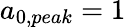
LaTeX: a_{0,peak}=1